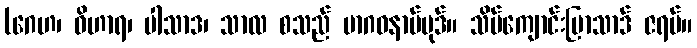
(ဂေဟ၊ ဝိဟာရ၊ ပါသာဒ၊ သာလ စသည် မာဂဓနာမ်ပုဒ်။ သိမ်ကျောင်းပြာသာဒ် ဇရပ်။